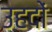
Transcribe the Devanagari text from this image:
उहदों